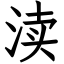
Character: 渎